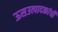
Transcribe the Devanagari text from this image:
ऊसउत्पादकांची